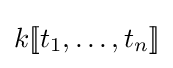
k[\![t_{1},\ldots ,t_{n}]\!]